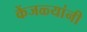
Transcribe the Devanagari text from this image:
केंजळ्यांनी